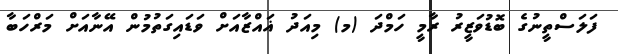
ފަލަސްތީނުގެ ބޮޑުވަޒީރު ރާމީ ހަމްދަ (މ) މިއަދު ޣައްޒާއަށް ވަޑައިގަތުމުން އޭނާއަށް މަރްހަބާ